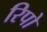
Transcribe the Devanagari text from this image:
रिपो